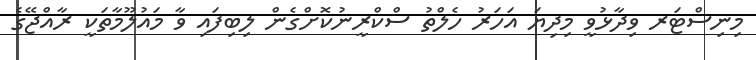
މިނިސްޓަރ ވިދާޅުވީ މިދިޔަ އަހަރު ހެލްތު ސްކްރީނުކޮށްގެން ލިބިފައި ވާ މައުލޫމާތަކީ ރާއްޖޭގެ